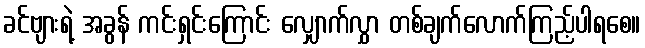
ခင်ဗျားရဲ့ အခွန် ကင်းရှင်းကြောင်း လျှောက်လွှာ တစ်ချက်လောက်ကြည့်ပါရစေ။